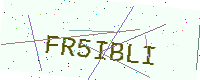
Text: FR5IBLI